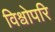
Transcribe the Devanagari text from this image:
विश्वोपरि